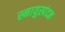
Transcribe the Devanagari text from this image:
स्नायुस्पंदन